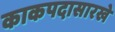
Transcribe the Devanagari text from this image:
काकपदासारखे